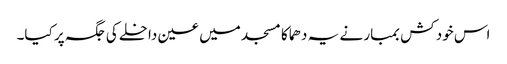
اس خود کش بمبار نے یہ دھماکا مسجد میں عین داخلے کی جگہ پر کیا۔